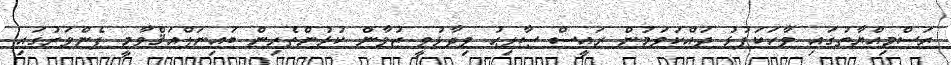
ރަސްމިއްޔާތުގައި ވާހަކަފުޅު ދައްކަވަމުން ރައީސް ޞާލިޙު ވިދާޅުވީ ޒުވާން ކުޅުންތެރިން ބައިނަލްއަޤްވާމީ ފެންވަރުގައި